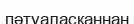
пәтуаласқаннан